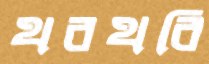
থরথরি